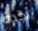
أجده